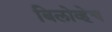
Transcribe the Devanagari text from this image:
बिलोव्हेच